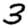
Digit: 3